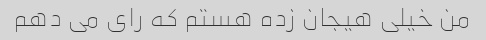
من خیلی هیجان زده هستم که رای می دهم